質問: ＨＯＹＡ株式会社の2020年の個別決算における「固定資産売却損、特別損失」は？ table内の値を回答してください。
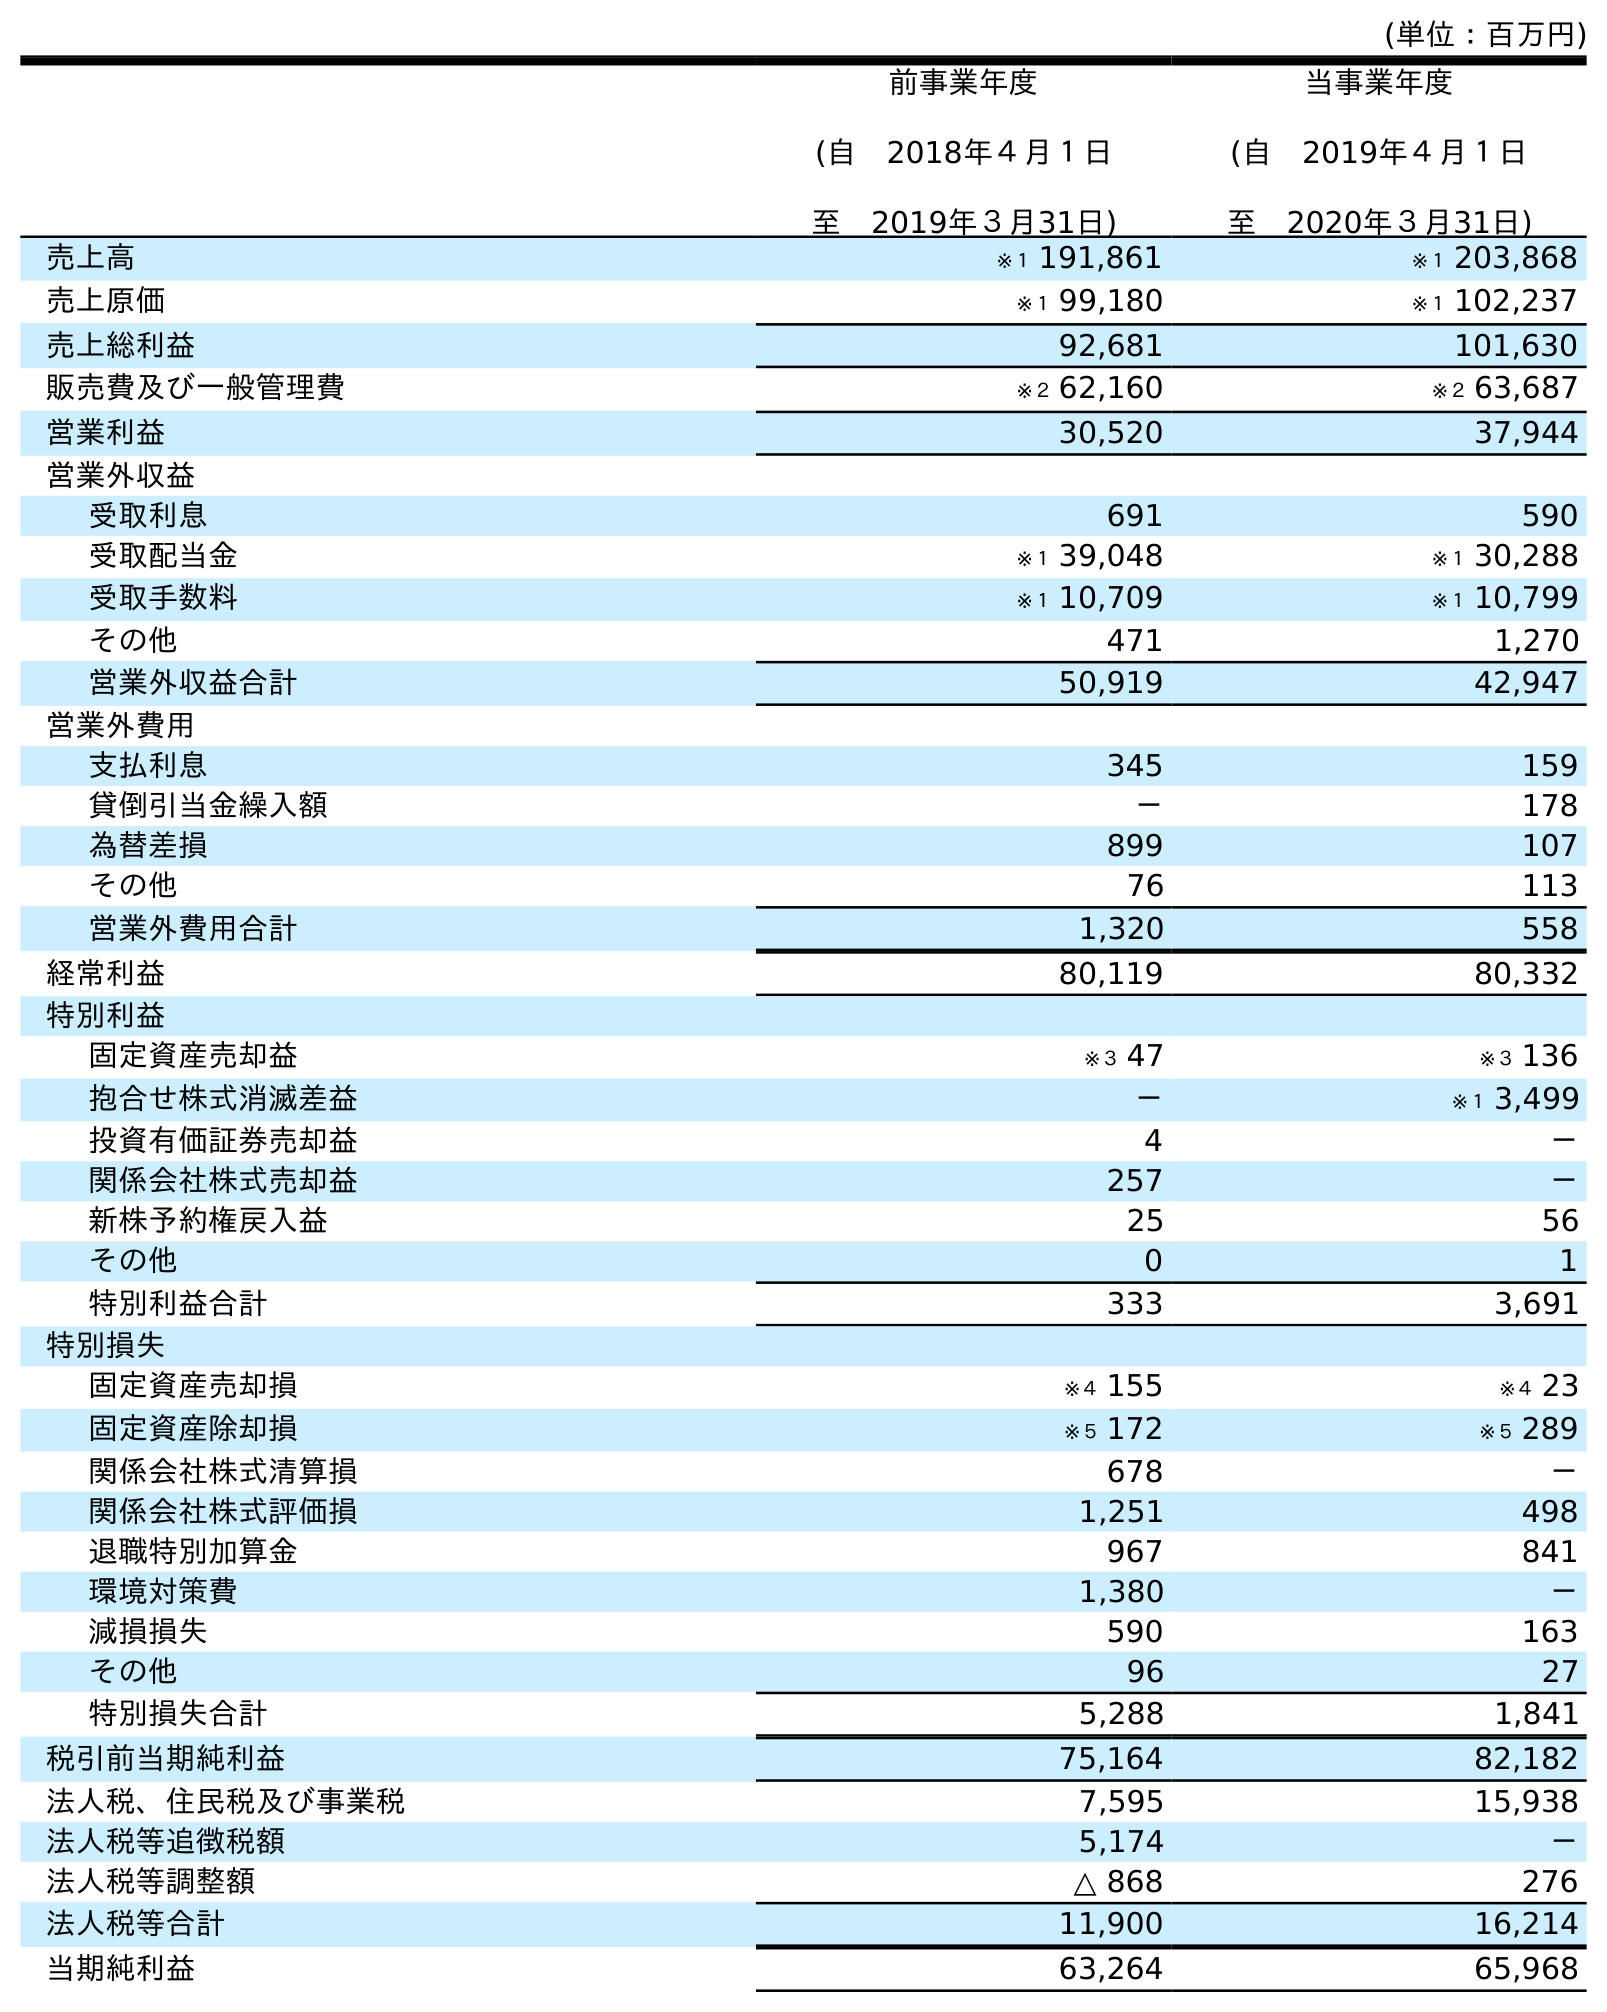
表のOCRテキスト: (単位：百万円) 前事業年度 (自 2018年４月１日 至 2019年３月31日) 当事業年度 (自 2019年４月１日 至 2020年３月31日) 売上高 ※１ 191,861 ※１ 203,868 売上原価 ※１ 99,180 ※１ 102,237 売上総利益 92,681 101,630 販売費及び一般管理費 ※２ 62,160 ※２ 63,687 営業利益 30,520 37,944 営業外収益 受取利息 691 590 受取配当金 ※１ 39,048 ※１ 30,288 受取手数料 ※１ 10,709 ※１ 10,799 その他 471 1,270 営業外収益合計 50,919 42,947 営業外費用 支払利息 345 159 貸倒引当金繰入額 － 178 為替差損 899 107 その他 76 113 営業外費用合計 1,320 558 経常利益 80,119 80,332 特別利益 固定資産売却益 ※３ 47 ※３ 136 抱合せ株式消滅差益 － ※１ 3,499 投資有価証券売却益 4 － 関係会社株式売却益 257 － 新株予約権戻入益 25 56 その他 0 1 特別利益合計 333 3,691 特別損失 固定資産売却損 ※４ 155 ※４ 23 固定資産除却損 ※５ 172 ※５ 289 関係会社株式清算損 678 － 関係会社株式評価損 1,251 498 退職特別加算金 967 841 環境対策費 1,380 － 減損損失 590 163 その他 96 27 特別損失合計 5,288 1,841 税引前当期純利益 75,164 82,182 法人税、住民税及び事業税 7,595 15,938 法人税等追徴税額 5,174 － 法人税等調整額 △ 868 276 法人税等合計 11,900 16,214 当期純利益 63,264 65,968
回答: ※４23